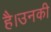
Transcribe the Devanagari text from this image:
है।उनकी